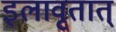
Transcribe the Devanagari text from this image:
इलावृतात्